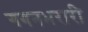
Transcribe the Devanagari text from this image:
गगनभरारी